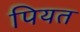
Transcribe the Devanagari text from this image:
पियत